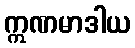
ဣဏမာဒါယ